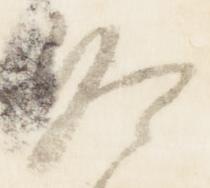
冷